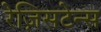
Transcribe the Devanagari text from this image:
रेज़िसटेन्स